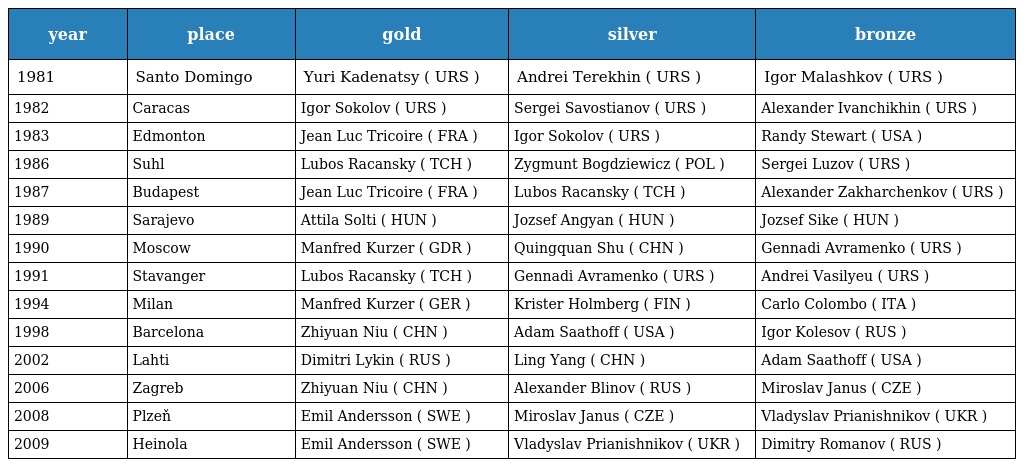
| year | place | gold | silver | bronze |
 | --- | --- | --- | --- | --- |
 | 1981 | Santo Domingo | Yuri Kadenatsy ( URS ) | Andrei Terekhin ( URS ) | Igor Malashkov ( URS ) |
 | 1982 | Caracas | Igor Sokolov ( URS ) | Sergei Savostianov ( URS ) | Alexander Ivanchikhin ( URS ) |
 | 1983 | Edmonton | Jean Luc Tricoire ( FRA ) | Igor Sokolov ( URS ) | Randy Stewart ( USA ) |
 | 1986 | Suhl | Lubos Racansky ( TCH ) | Zygmunt Bogdziewicz ( POL ) | Sergei Luzov ( URS ) |
 | 1987 | Budapest | Jean Luc Tricoire ( FRA ) | Lubos Racansky ( TCH ) | Alexander Zakharchenkov ( URS ) |
 | 1989 | Sarajevo | Attila Solti ( HUN ) | Jozsef Angyan ( HUN ) | Jozsef Sike ( HUN ) |
 | 1990 | Moscow | Manfred Kurzer ( GDR ) | Quingquan Shu ( CHN ) | Gennadi Avramenko ( URS ) |
 | 1991 | Stavanger | Lubos Racansky ( TCH ) | Gennadi Avramenko ( URS ) | Andrei Vasilyeu ( URS ) |
 | 1994 | Milan | Manfred Kurzer ( GER ) | Krister Holmberg ( FIN ) | Carlo Colombo ( ITA ) |
 | 1998 | Barcelona | Zhiyuan Niu ( CHN ) | Adam Saathoff ( USA ) | Igor Kolesov ( RUS ) |
 | 2002 | Lahti | Dimitri Lykin ( RUS ) | Ling Yang ( CHN ) | Adam Saathoff ( USA ) |
 | 2006 | Zagreb | Zhiyuan Niu ( CHN ) | Alexander Blinov ( RUS ) | Miroslav Janus ( CZE ) |
 | 2008 | Plzeň | Emil Andersson ( SWE ) | Miroslav Janus ( CZE ) | Vladyslav Prianishnikov ( UKR ) |
 | 2009 | Heinola | Emil Andersson ( SWE ) | Vladyslav Prianishnikov ( UKR ) | Dimitry Romanov ( RUS ) |